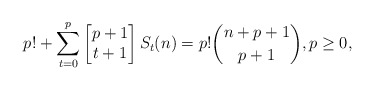
\begin{align*}p! + \sum_{t=0}^{p} \begin{bmatrix} p+1 \\ t+1 \end{bmatrix} S_t(n) = p! \binom{n+p+1}{p+1}, p\geq 0,\end{align*}